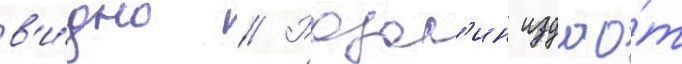
в'и́дно // Розал'ин издао́т